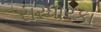
સરધારકા